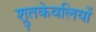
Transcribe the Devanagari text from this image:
श्रुतकेवलियों